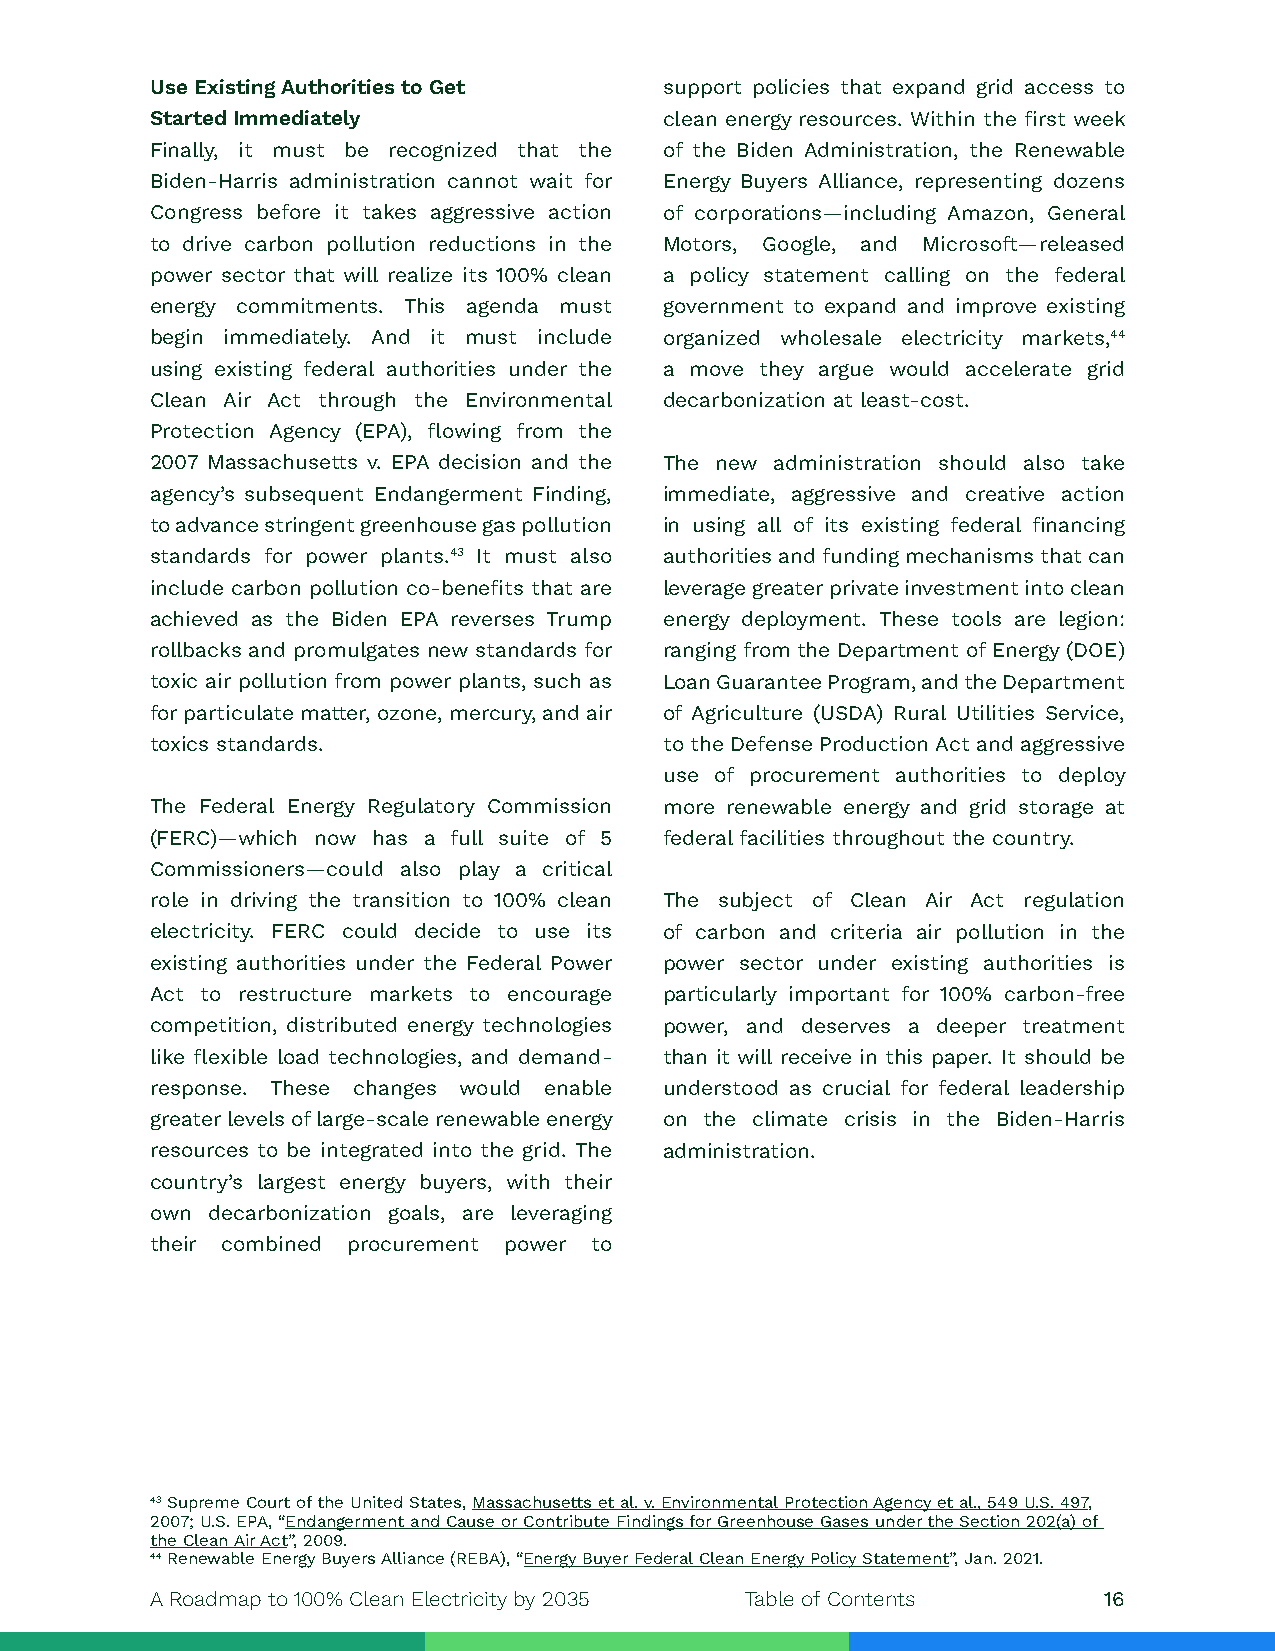
Use Existing Authorities to Get   support policies that expand grid access to
 Started Immediately               clean energy resources. Within the first week
 Finally, it must be recognized that the of the Biden Administration, the Renewable
 Biden-Harris administration cannot wait for Energy Buyers Alliance, representing dozens
 Congress before it takes aggressive action of corporations—including Amazon, General
 to drive carbon pollution reductions in the Motors, Google, and Microsoft—released
 power sector that will realize its 100% clean a policy statement calling on the federal
 energy commitments. This agenda must government to expand and improve existing
 begin immediately. And it must include organized wholesale electricity markets,44
 using existing federal authorities under the a move they argue would accelerate grid
 Clean Air Act through the Environmental decarbonization at least-cost.
 Protection Agency (EPA), flowing from the
 2007 Massachusetts v. EPA decision and the The new administration should also take
 agency’s subsequent Endangerment Finding, immediate, aggressive and creative action
 to advance stringent greenhouse gas pollution in using all of its existing federal financing
 standards for power plants.43 It must also authorities and funding mechanisms that can
 include carbon pollution co-benefits that are leverage greater private investment into clean
 achieved as the Biden EPA reverses Trump energy deployment. These tools are legion:
 rollbacks and promulgates new standards for ranging from the Department of Energy (DOE)
 toxic air pollution from power plants, such as Loan Guarantee Program, and the Department
 for particulate matter, ozone, mercury, and air of Agriculture (USDA) Rural Utilities Service,
 toxics standards.                 to the Defense Production Act and aggressive
 use of procurement authorities to deploy
 The Federal Energy Regulatory Commission more renewable energy and grid storage at
 (FERC)—which now has a full suite of 5 federal facilities throughout the country.
 Commissioners—could also play a critical
 role in driving the transition to 100% clean The subject of Clean Air Act regulation
 electricity. FERC could decide to use its of carbon and criteria air pollution in the
 existing authorities under the Federal Power power sector under existing authorities is
 Act to restructure markets to encourage particularly important for 100% carbon-free
 competition, distributed energy technologies power, and deserves a deeper treatment
 like flexible load technologies, and demand- than it will receive in this paper. It should be
 response. These changes would enable understood as crucial for federal leadership
 greater levels of large-scale renewable energy on the climate crisis in the Biden-Harris
 resources to be integrated into the grid. The administration.
 country’s largest energy buyers, with their
 own decarbonization goals, are leveraging
 their combined procurement power to
 43 Supreme Court of the United States, Massachusetts et al. v. Environmental Protection Agency et al., 549 U.S. 497,
 2007; U.S. EPA, “Endangerment and Cause or Contribute Findings for Greenhouse Gases under the Section 202(a) of
 the Clean Air Act”, 2009.
 44 Renewable Energy Buyers Alliance (REBA), “Energy Buyer Federal Clean Energy Policy Statement”, Jan. 2021.
 A Roadmap to 100% Clean Electricity by 2035 Table of Contents  16